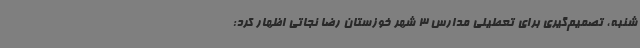
شنبه، تصمیم‌گیری برای تعطیلی مدارس 3 شهر خوزستان رضا نجاتی اظهار کرد: